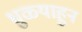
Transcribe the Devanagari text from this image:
धुळ्याहून